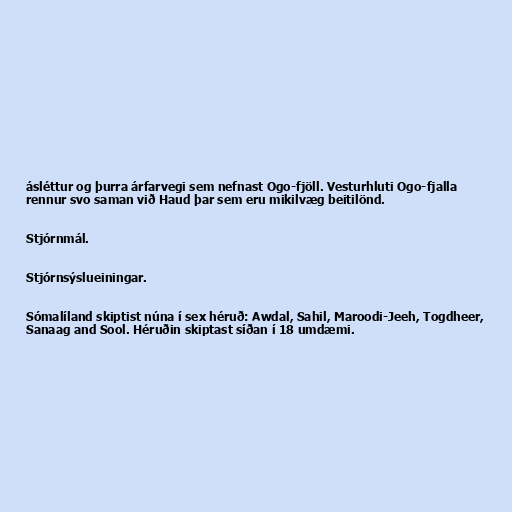
ásléttur og þurra árfarvegi sem nefnast Ogo-fjöll. Vesturhluti Ogo-fjalla
rennur svo saman við Haud þar sem eru mikilvæg beitilönd.

Stjórnmál.

Stjórnsýslueiningar.

Sómalíland skiptist núna í sex héruð: Awdal, Sahil, Maroodi-Jeeh, Togdheer,
Sanaag and Sool. Héruðin skiptast síðan í 18 umdæmi.